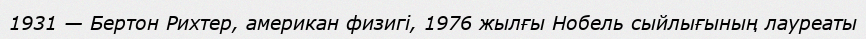
1931 — Бертон Рихтер, американ физигі, 1976 жылғы Нобель сыйлығының лауреаты